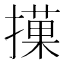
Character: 𢵵